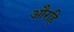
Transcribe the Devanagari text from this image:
औरहि